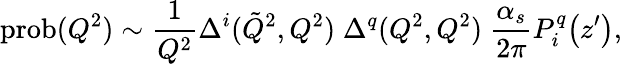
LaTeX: \mathrm{prob}(Q^{2})\sim\frac{1}{Q^{2}}\Delta^{i}(\tilde{Q}^{2},Q^{2})\; \Delta^{q}(Q^{2},Q^{2})\; \frac{\alpha_{s}}{2\pi}P_{i}^{q}\! \left(z^{\prime}\right),